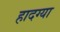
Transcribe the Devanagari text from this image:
हादग्या